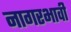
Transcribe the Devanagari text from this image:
नागरभावी